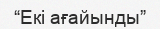
“Екі ағайынды”